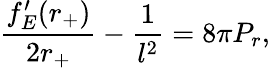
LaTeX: \frac{f_{E}^{\prime}(r_{+})}{2r_{+}}-\frac{1}{l^{2}}=8\pi P_{r},